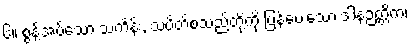
၆။ စွန့်အပ်သော သင်္ကန်း, သပိတ်စသည်တို့ကို ပြန်ပေးသော ဒါနဉတ္တိကံ၊